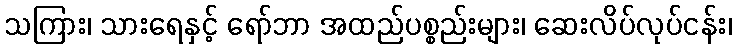
သကြား၊ သားရေနှင့် ရော်ဘာ အထည်ပစ္စည်းများ၊ ဆေးလိပ်လုပ်ငန်း၊